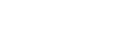
လမ်းများကို